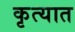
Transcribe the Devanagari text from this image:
कृत्यात